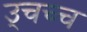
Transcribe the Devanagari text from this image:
उ्चच्च